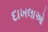
દાખલાઓ